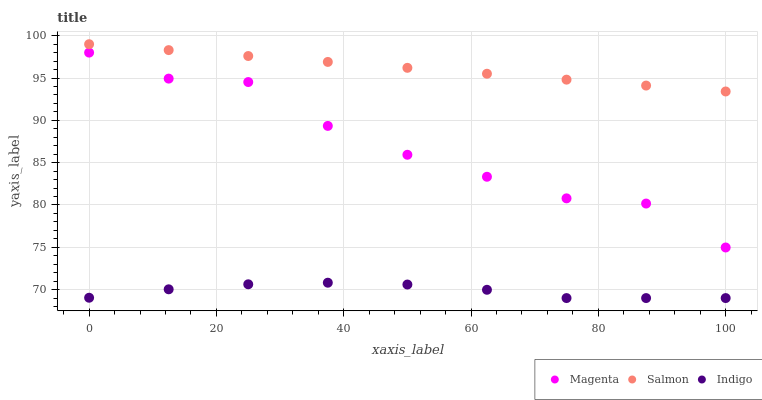
| xaxis_label | Magenta | Salmon | Indigo |
 | --- | --- | --- | --- |
 | 0 | 98 | 99 | 69 |
 | 12.5 | 94.9 | 98.3 | 70 |
 | 25 | 94.5 | 97.6 | 70.6 |
 | 37.5 | 89.3 | 96.9 | 70.8 |
 | 50 | 85.9 | 96.2 | 70.6 |
 | 62.5 | 83.3 | 95.5 | 70 |
 | 75 | 80.8 | 94.8 | 69 |
 | 87.5 | 80.2 | 94.1 | 69 |
 | 100 | 75 | 93.4 | 69 |